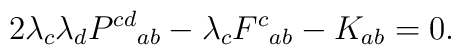
2 \lambda_c \lambda_d P^{cd}{}_{ab} - \lambda_c F^c{}_{ab} - K_{ab} = 0.